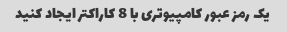
یک رمز عبور کامپیوتری با 8 کاراکتر ایجاد کنید